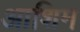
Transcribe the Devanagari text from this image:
आशिम